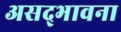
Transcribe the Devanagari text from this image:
असद्‍भावना